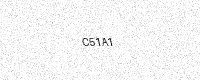
Text: C51A1